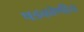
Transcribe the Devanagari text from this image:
षडकोणीय